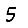
Digit: 5